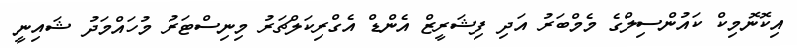
އިކޮނޮމިކް ކައުންސިލްގެ މެމްބަރު އަދި ފިޝަރީޒް އެންޑް އެގްރިކަލްޗަރު މިނިސްޓަރު މުހައްމަދު ޝައިނީ